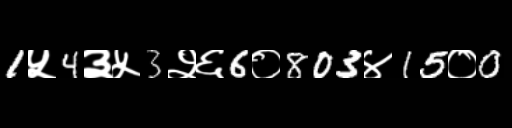
Text: 1५4३५3२६6०803४15०0